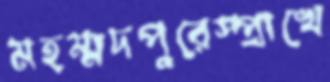
মহম্মদপুরেস্প্রাখে